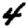
Digit: 4